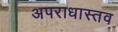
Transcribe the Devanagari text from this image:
अपराधास्तव